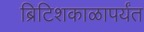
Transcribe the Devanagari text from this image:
ब्रिटिशकाळापर्यंत